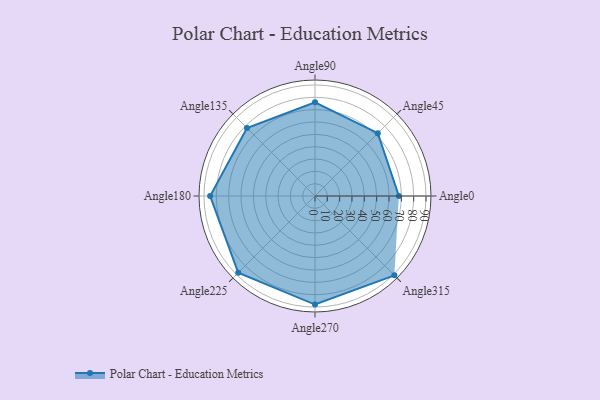
{"axis": {"x": "Angle", "y": "Radius"}, "legend": [""], "data": [{"x": "Angle0", "y": 68.0, "type": ""}, {"x": "Angle45", "y": 72.0, "type": ""}, {"x": "Angle90", "y": 76.0, "type": ""}, {"x": "Angle135", "y": 78.0, "type": ""}, {"x": "Angle180", "y": 85.0, "type": ""}, {"x": "Angle225", "y": 88.0, "type": ""}, {"x": "Angle270", "y": 88.0, "type": ""}, {"x": "Angle315", "y": 91.0, "type": ""}]}